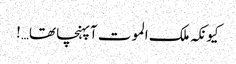
کیونکہ ملک الموت آپہنچا تھا…!